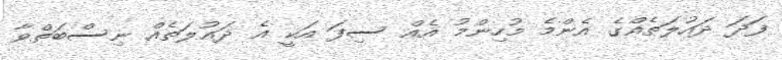
ފަދަ ދައުލަތެއްގެ އެންމެ މުހިންމު އެއް ސިފަ އަކީ އެ ދައުލަތެއް ނިސްބަތްވާ